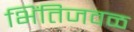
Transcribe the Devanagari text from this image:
भिंतिजवळ